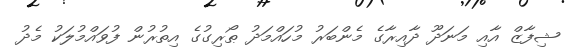
ޝިފާޒް އާއި މަނަދޫ ދާއިރާގެ މެންބަރު މުހައްމަދު ޠޯރިގުގެ އިތުރުން ފުވައްމުލަކު މެދު